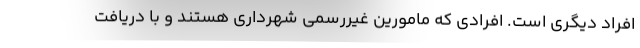
افراد دیگری است. افرادی که مامورین غیررسمی شهرداری هستند و با دریافت